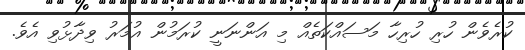
ކުރެވެން ހުރި ހުރިހާ މަސައްކަތެއް މި އަންނަނީ ކުރަމުން އުމަރު ވިދާޅުވި އެވެ.